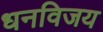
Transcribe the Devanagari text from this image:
धनविजय